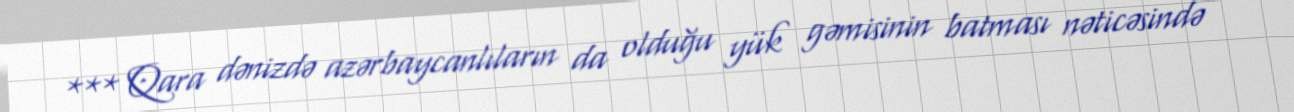
*** Qara dənizdə azərbaycanlıların da olduğu yük gəmisinin batması nəticəsində